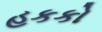
હકકો